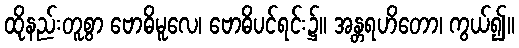
ထိုနည်းတူစွာ ဗောဓိမူလေ၊ ဗောဓိပင်ရင်း၌။ အန္တရဟိတော၊ ကွယ်၍။